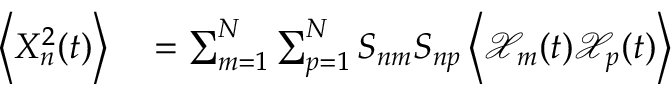
\begin{array} { r l } { \left< X _ { n } ^ { 2 } ( t ) \right> } & { { } = \sum _ { m = 1 } ^ { N } \sum _ { p = 1 } ^ { N } S _ { n m } S _ { n p } \left< \mathcal { X } _ { m } ( t ) \mathcal { X } _ { p } ( t ) \right> } \end{array}